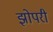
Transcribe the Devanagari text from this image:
झोपरी